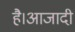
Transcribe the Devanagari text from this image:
है।आजादी